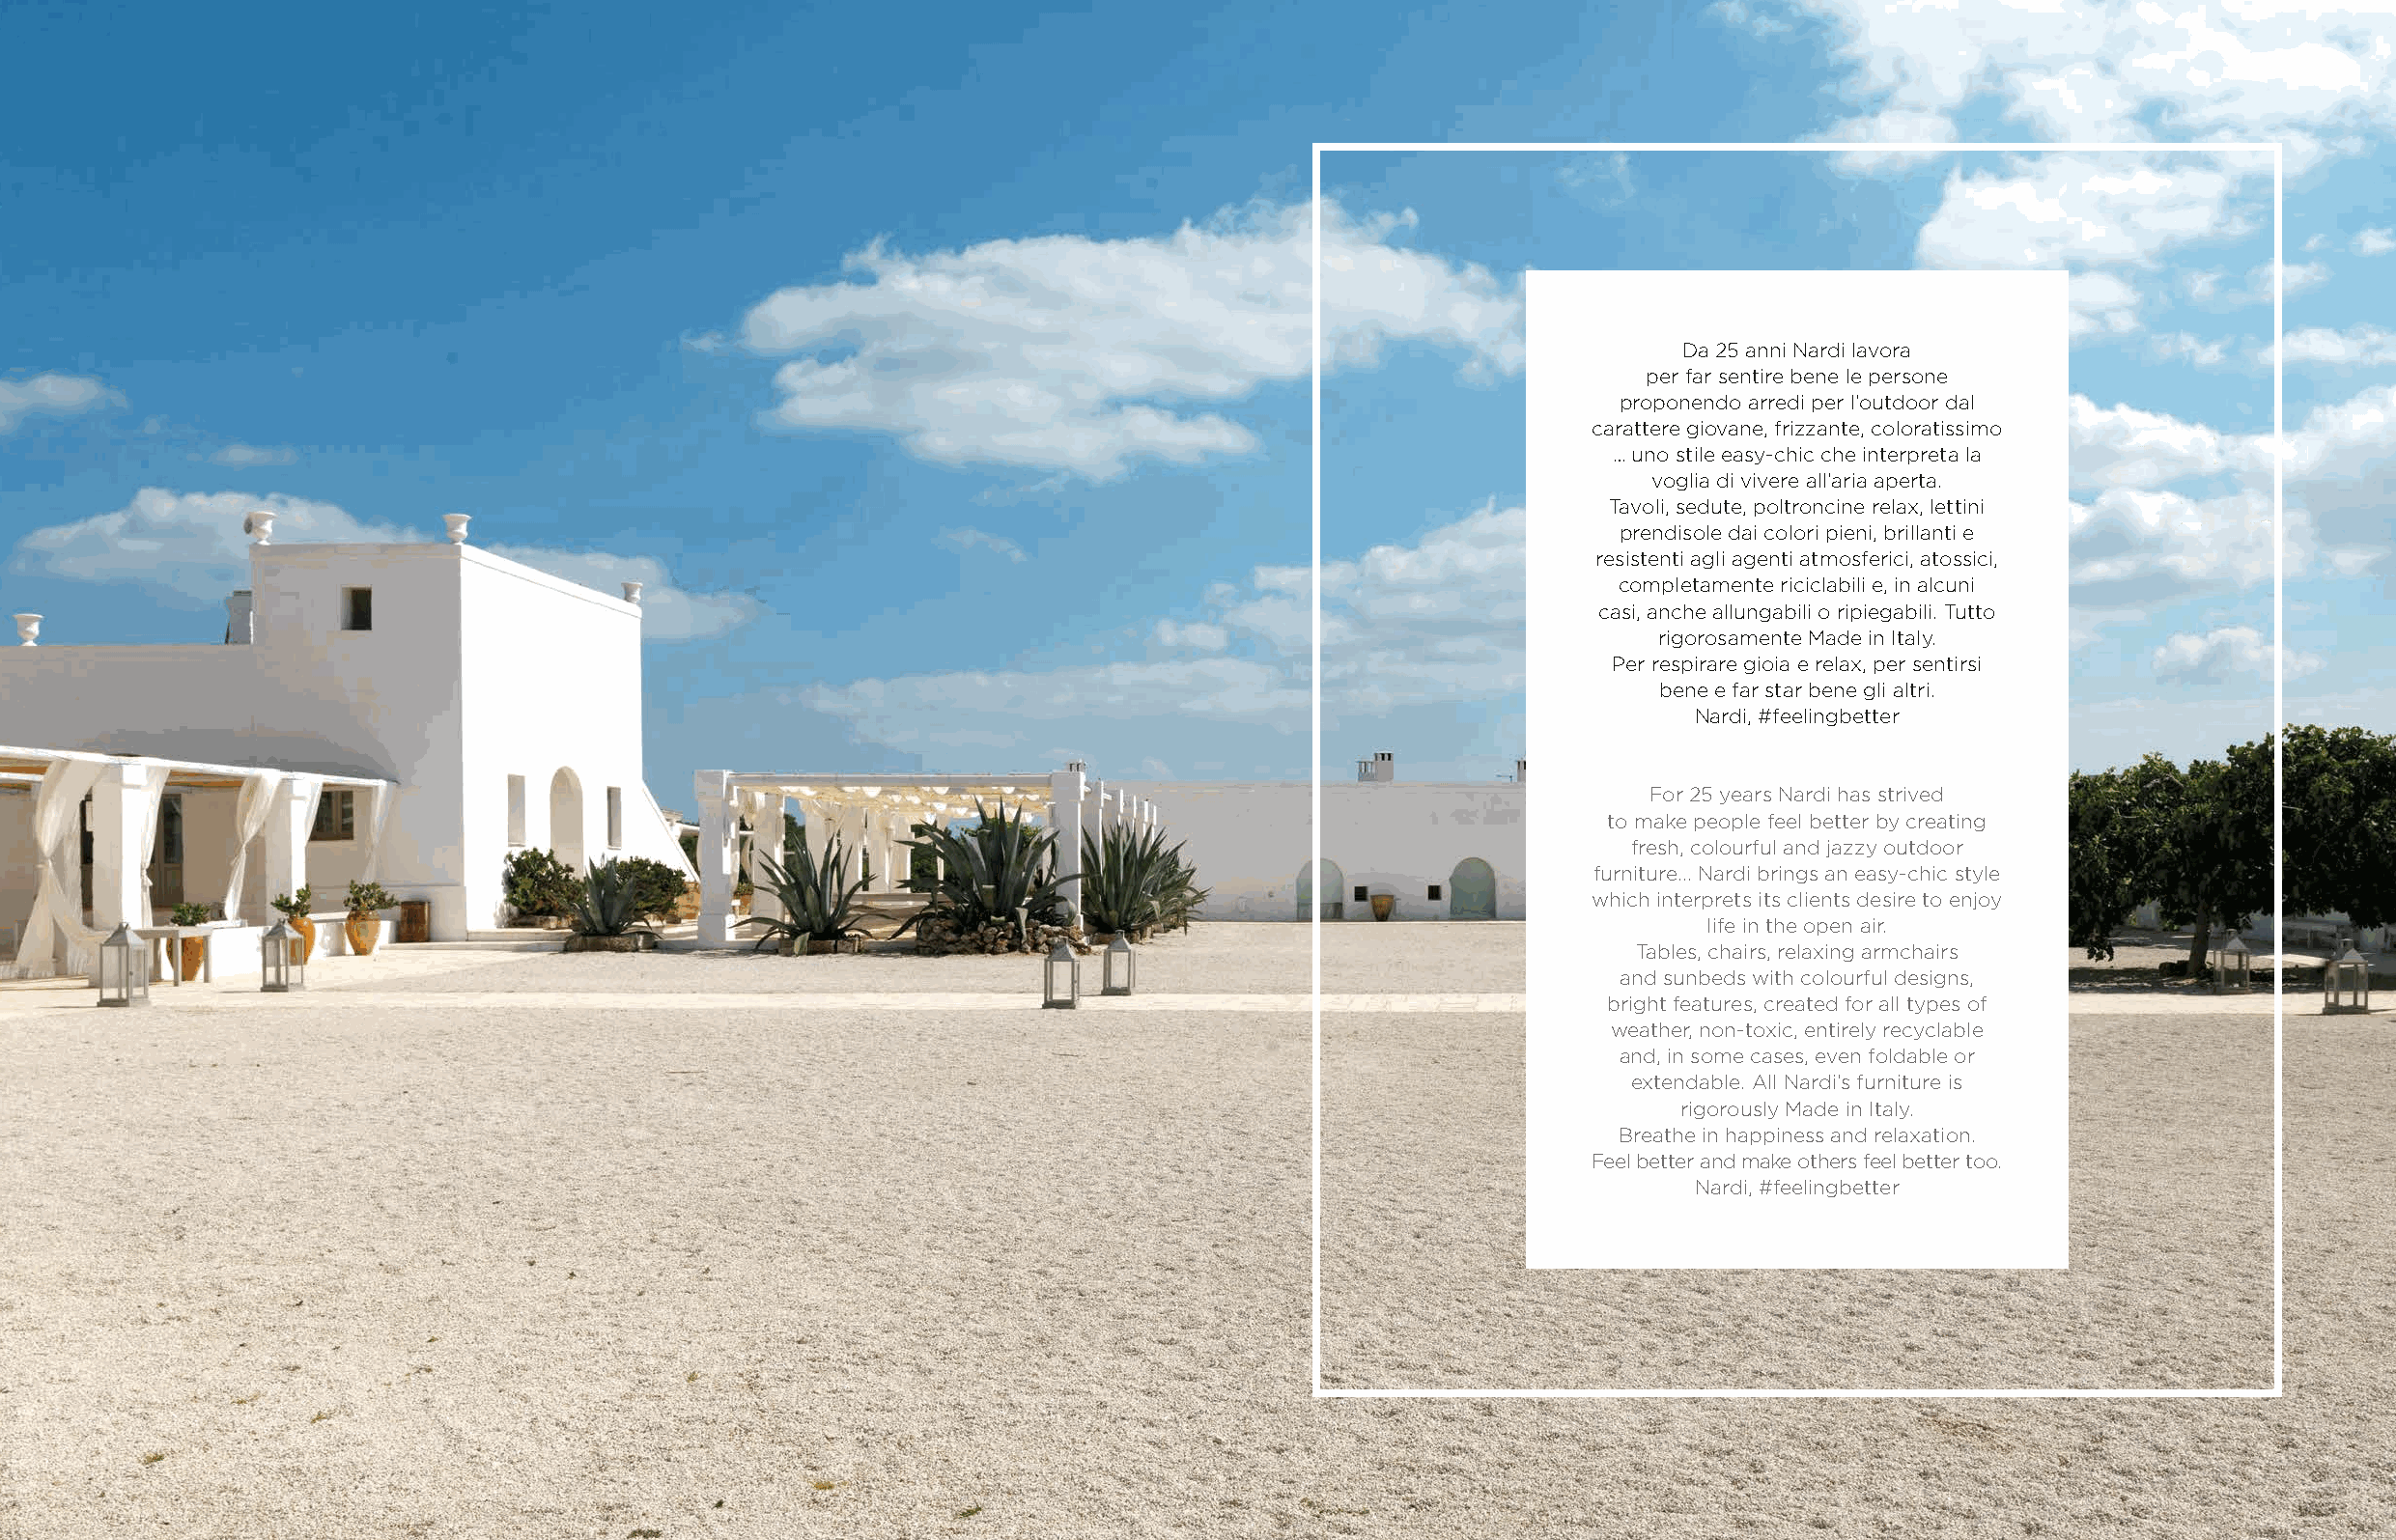
Da 25 anni Nardi lavora
 per far sentire bene le persone
 proponendo arredi per l’outdoor dal
 carattere giovane, frizzante, coloratissimo
 … uno stile easy-chic che interpreta la
 voglia di vivere all’aria aperta.
 Tavoli, sedute, poltroncine relax, lettini
 prendisole dai colori pieni, brillanti e
 resistenti agli agenti atmosferici, atossici,
 completamente riciclabili e, in alcuni
 casi, anche allungabili o ripiegabili. Tutto
 rigorosamente Made in Italy.
 Per respirare gioia e relax, per sentirsi
 bene e far star bene gli altri.
 Nardi, #feelingbetter
 For 25 years Nardi has strived
 to make people feel better by creating
 fresh, colourful and jazzy outdoor
 furniture... Nardi brings an easy-chic style
 which interprets its clients desire to enjoy
 life in the open air.
 Tables, chairs, relaxing armchairs
 and sunbeds with colourful designs,
 bright features, created for all types of
 weather, non-toxic, entirely recyclable
 and, in some cases, even foldable or
 extendable. All Nardi’s furniture is
 rigorously Made in Italy.
 Breathe in happiness and relaxation.
 Feel better and make others feel better too.
 Nardi, #feelingbetter